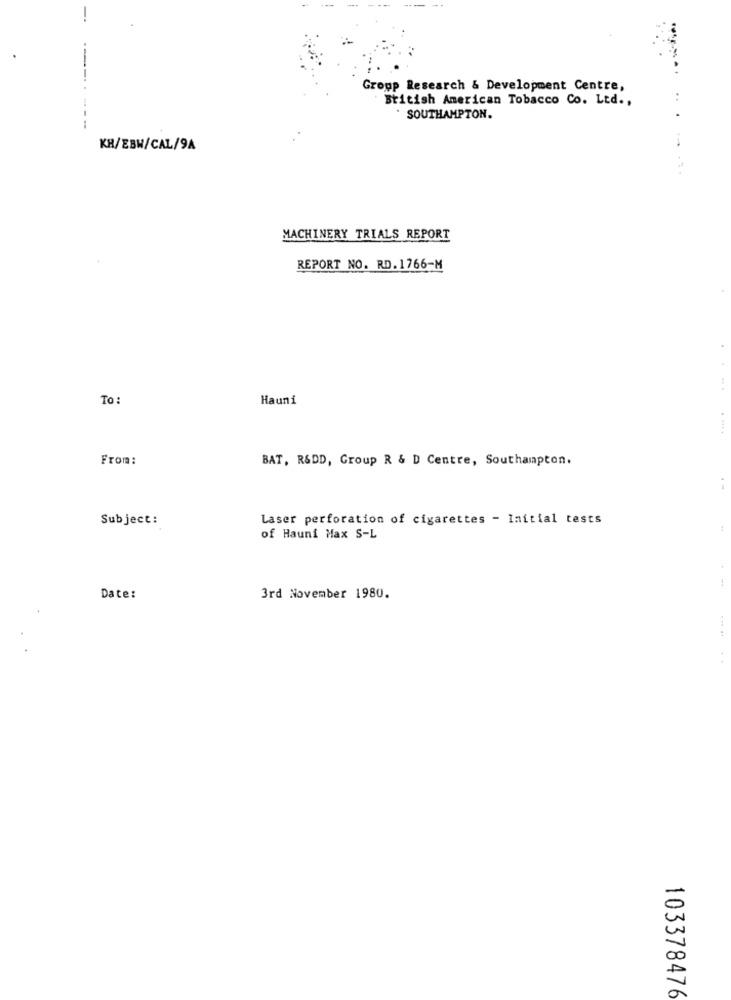
---
Group Research & Development Centre,
British American Tobacco Co. Ltd .,
-----.
SOUTHAMPTON.
...
KH/EBW/CAL/9A
MACHINERY TRIALS REPORT
REPORT NO. RD.1766-M
.
...
To:
Hauni
.....
From:
BAT, R&DD, Group R & D Centre, Southampton.
Subject :
Laser perforation of cigarettes - Initial tests
:
of Hauni Max S-L
Date:
3rd November 1980.
. .
103378476